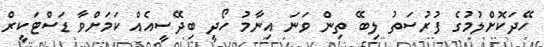
ހޭދަކޮށްލުމުގެ ފުރުސަތު ލިބޭ ތިން ވަނަ އިނާމު ހޯދީ ބިދޭސީއެއް ކަމަށްވާ ޑަސްޓަކީރް